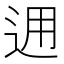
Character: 𨒗